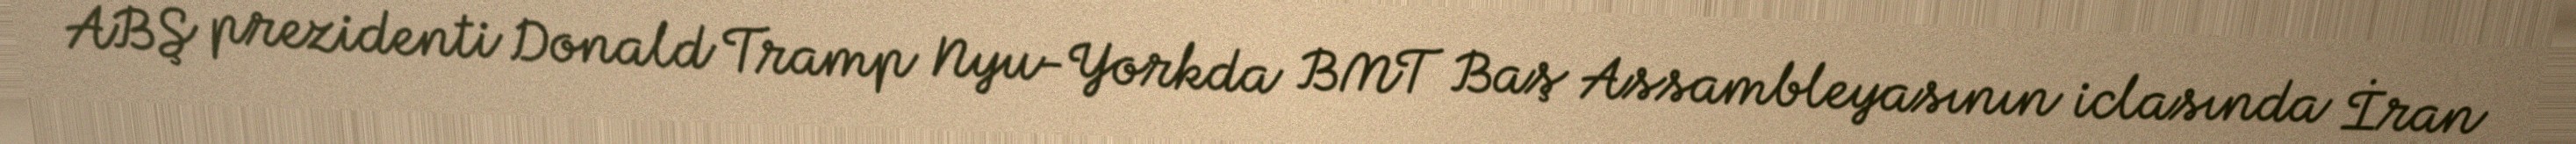
ABŞ prezidenti Donald Tramp Nyu-Yorkda BMT Baş Assambleyasının iclasında İran